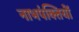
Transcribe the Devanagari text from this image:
नाभपंक्तियों